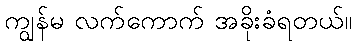
ကျွန်မ လက်ကောက် အခိုးခံရတယ်။